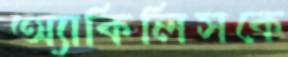
অ্যাকিলিসকে